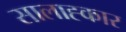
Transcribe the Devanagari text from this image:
सालाह्कार